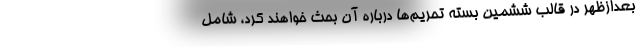
بعدازظهر در قالب ششمین بسته تحریم‌ها درباره آن بحث خواهند کرد، شامل